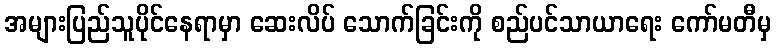
အများပြည်သူပိုင်နေရာမှာ ဆေးလိပ် သောက်ခြင်းကို စည်ပင်သာယာရေး ကော်မတီမှ